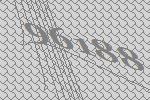
96188